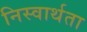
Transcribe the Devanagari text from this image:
निस्वार्थता